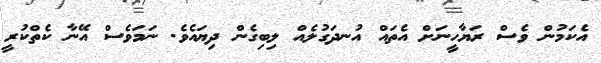
އެކަމުން ވެސް ރަޔާހީނަށް އެތައް އުނދަގުލެއް ލިބިގެން ދިޔައެވެ. ނަމަވެސް އޭނާ ކެތްކުރީ